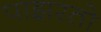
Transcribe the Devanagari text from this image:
पाझरतो